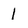
Character: 1